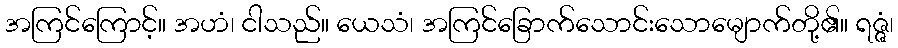
အကြင်ကြောင့်။ အဟံ၊ ငါသည်။ ယေသံ၊ အကြင်ခြောက်သောင်းသောမျောက်တို့၏။ ရဇ္ဇံ၊